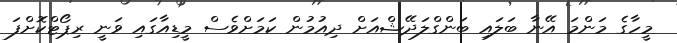
މީހާގެ މަންމަ އޭނާ ބަލައި ބަންގްލަދޭޝްއަށް ދިއުމުން ކަމަށްވެސް މީޑިއާގައި ވަނީ ރިޕޯޓްކޮށްފަ